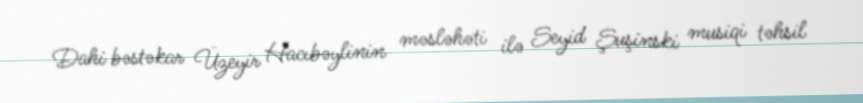
Dahi bəstəkar Üzeyir Hacıbəylinin məsləhəti ilə Seyid Şuşinski musiqi təhsil